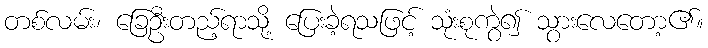
တစ်လမ်း၊ ခြေဦးတည့်ရာသို့ ပြေးခဲ့ရသဖြင့် သုံးစုကွဲ၍ သွားလေတော့၏။